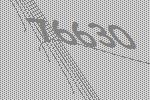
76630